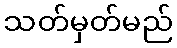
သတ်မှတ်မည်